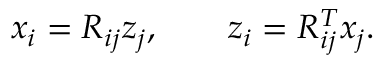
\begin{array} { r } { x _ { i } = R _ { i j } z _ { j } , \qquad z _ { i } = R _ { i j } ^ { T } x _ { j } . } \end{array}